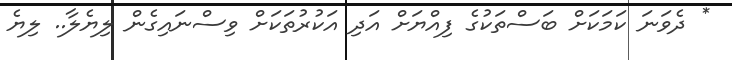
* ދެވަނަ ކަމަކަށް ބަސްތަކުގެ ފިއްޔަށް އަދި އަކުރުތަކަށް ވިސްނައިގެން ލިޔެލާ.. ލިޔެ